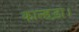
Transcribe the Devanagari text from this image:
कान्हड़ा।